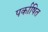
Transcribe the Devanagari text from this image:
पर्काषित